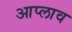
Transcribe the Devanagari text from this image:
आप्लाव